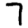
Digit: 7